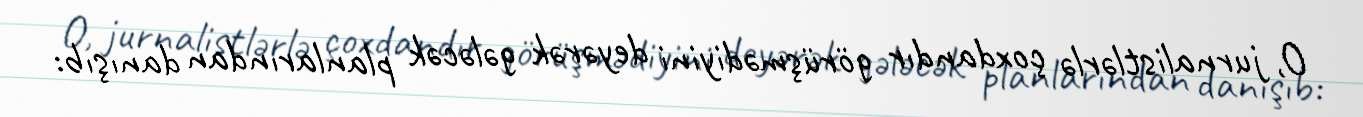
O, jurnalistlərlə çoxdandır görüşmədiyini deyərək gələcək planlarından danışıb: